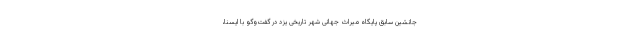
جانشین سابق پایگاه میراث جهانی شهر تاریخی یزد در گفت‌وگو با ایسنا،